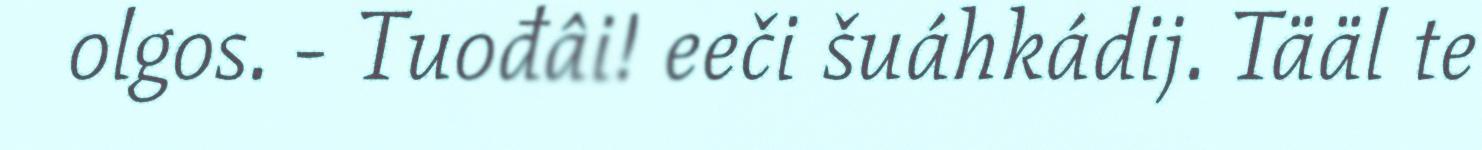
olgos. - Tuođâi! eeči šuáhkádij. Tääl te